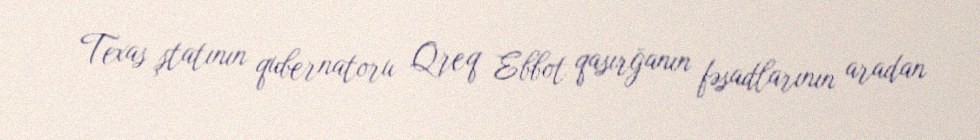
Texas ştatının qubernatoru Qreq Ebbot qasırğanın fəsadlarının aradan